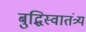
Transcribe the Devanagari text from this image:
बुद्धिस्वातंत्र्य